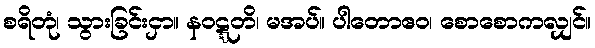
စရိတုံ၊ သွားခြင်းငှာ။ နဝဋ္ဋတိ၊ မအပ်။ ပါတောဧဝ၊ စောစောကလျှင်။